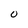
Character: 0